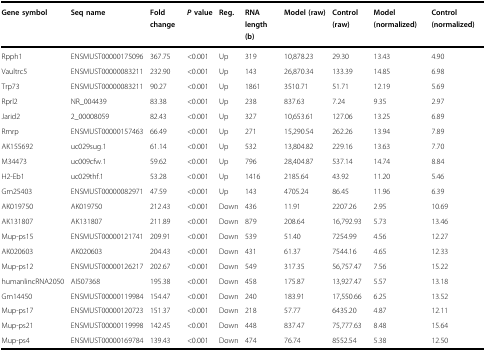
<table><thead><tr><td><b>Gene symbol</b></td><td><b>Seq name</b></td><td><b>Fold change</b></td><td><b><i>P</i> value</b></td><td><b>Reg.</b></td><td><b>RNA length (b)</b></td><td><b>Model (raw)</b></td><td><b>Control (raw)</b></td><td><b>Model (normalized)</b></td><td><b>Control (normalized)</b></td></tr></thead><tbody><tr><td>Rpph1</td><td>ENSMUST00000175096</td><td>367.75</td><td>&lt;0.001</td><td>Up</td><td>319</td><td>10,878.23</td><td>29.30</td><td>13.43</td><td>4.90</td></tr><tr><td>Vaultrc5</td><td>ENSMUST00000083211</td><td>232.90</td><td>&lt;0.001</td><td>Up</td><td>143</td><td>26,870.34</td><td>133.39</td><td>14.85</td><td>6.98</td></tr><tr><td>Trp73</td><td>ENSMUST00000083211</td><td>90.27</td><td>&lt;0.001</td><td>Up</td><td>1861</td><td>3510.71</td><td>51.71</td><td>12.19</td><td>5.69</td></tr><tr><td>Rprl2</td><td>NR_004439</td><td>83.38</td><td>&lt;0.001</td><td>Up</td><td>238</td><td>837.63</td><td>7.24</td><td>9.35</td><td>2.97</td></tr><tr><td>Jarid2</td><td>2_00008059</td><td>82.43</td><td>&lt;0.001</td><td>Up</td><td>327</td><td>10,653.61</td><td>127.06</td><td>13.25</td><td>6.89</td></tr><tr><td>Rmrp</td><td>ENSMUST00000157463</td><td>66.49</td><td>&lt;0.001</td><td>Up</td><td>271</td><td>15,290.54</td><td>262.26</td><td>13.94</td><td>7.89</td></tr><tr><td>AK155692</td><td>uc029sug.1</td><td>61.14</td><td>&lt;0.001</td><td>Up</td><td>532</td><td>13,804.82</td><td>229.16</td><td>13.63</td><td>7.70</td></tr><tr><td>M34473</td><td>uc009cfw.1</td><td>59.62</td><td>&lt;0.001</td><td>Up</td><td>796</td><td>28,404.87</td><td>537.14</td><td>14.74</td><td>8.84</td></tr><tr><td>H2-Eb1</td><td>uc029thf.1</td><td>53.28</td><td>&lt;0.001</td><td>Up</td><td>1416</td><td>2185.64</td><td>43.92</td><td>11.20</td><td>5.46</td></tr><tr><td>Gm25403</td><td>ENSMUST00000082971</td><td>47.59</td><td>&lt;0.001</td><td>Up</td><td>143</td><td>4705.24</td><td>86.45</td><td>11.96</td><td>6.39</td></tr><tr><td>AK019750</td><td>AK019750</td><td>212.43</td><td>&lt;0.001</td><td>Down</td><td>436</td><td>11.91</td><td>2207.26</td><td>2.95</td><td>10.69</td></tr><tr><td>AK131807</td><td>AK131807</td><td>211.89</td><td>&lt;0.001</td><td>Down</td><td>879</td><td>208.64</td><td>16,792.93</td><td>5.73</td><td>13.46</td></tr><tr><td>Mup-ps15</td><td>ENSMUST00000121741</td><td>209.91</td><td>&lt;0.001</td><td>Down</td><td>539</td><td>51.40</td><td>7254.99</td><td>4.56</td><td>12.27</td></tr><tr><td>AK020603</td><td>AK020603</td><td>204.43</td><td>&lt;0.001</td><td>Down</td><td>431</td><td>61.37</td><td>7544.16</td><td>4.65</td><td>12.33</td></tr><tr><td>Mup-ps12</td><td>ENSMUST00000126217</td><td>202.67</td><td>&lt;0.001</td><td>Down</td><td>549</td><td>317.35</td><td>56,757.47</td><td>7.56</td><td>15.22</td></tr><tr><td>humanlincRNA2050</td><td>AI507368</td><td>195.38</td><td>&lt;0.001</td><td>Down</td><td>458</td><td>175.87</td><td>13,927.47</td><td>5.57</td><td>13.18</td></tr><tr><td>Gm14450</td><td>ENSMUST00000119984</td><td>154.47</td><td>&lt;0.001</td><td>Down</td><td>240</td><td>183.91</td><td>17,550.66</td><td>6.25</td><td>13.52</td></tr><tr><td>Mup-ps17</td><td>ENSMUST00000120723</td><td>151.37</td><td>&lt;0.001</td><td>Down</td><td>218</td><td>57.77</td><td>6435.20</td><td>4.87</td><td>12.11</td></tr><tr><td>Mup-ps21</td><td>ENSMUST00000119998</td><td>142.45</td><td>&lt;0.001</td><td>Down</td><td>448</td><td>837.47</td><td>75,777.63</td><td>8.48</td><td>15.64</td></tr><tr><td>Mup-ps4</td><td>ENSMUST00000169784</td><td>139.43</td><td>&lt;0.001</td><td>Down</td><td>474</td><td>76.74</td><td>8552.54</td><td>5.38</td><td>12.50</td></tr></tbody></table>